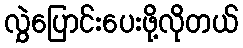
လွှဲပြောင်းပေးဖို့လိုတယ်